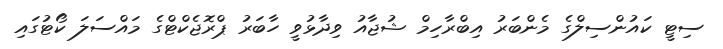
ސިޓީ ކައުންސިލްގެ މެންބަރު އިބްރާހިމް ޝުޖާއު ވިދާޅުވީ ހާބަރު ޕްރޮޖެކްޓްގެ މައްސަލަ ކޯޓުގައި